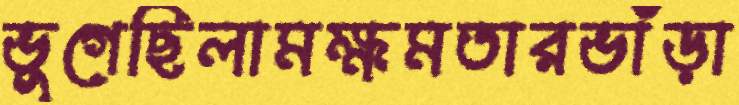
ভুগেছিলামক্ষমতারভাঁড়া